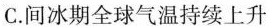
C.间冰期全球气温持续上升